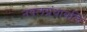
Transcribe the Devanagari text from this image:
नवलग्रंथावलि